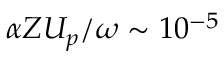
\alpha Z U _ { p } / \omega \sim 1 0 ^ { - 5 }